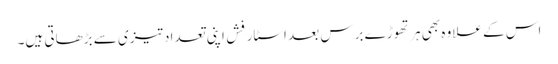
اس کے علاوہ بھی ہر تھوڑے برس بعد اسٹار فِش اپنی تعداد تیزی سے بڑھاتی ہیں۔